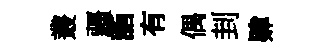
叢疆詣有偶刲肄